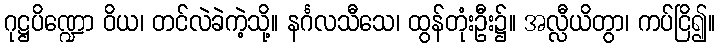
ဂုဋ္ဌပိဏ္ဍော ဝိယ၊ တင်လဲခဲကဲ့သို့။ နင်္ဂလသီသေ၊ ထွန်တုံးဦး၌။ အလ္လီယိတွာ၊ ကပ်ငြိ၍။